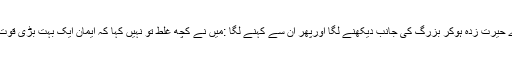
اب نوجوان قدرے حیرت زدہ ہوکر بزرگ کی جانب دیکھنے لگا اورپھر ان سے کہنے لگا :میں نے کچھ غلط تو نہیں کہا کہ ایمان ایک بہت بڑی قوت اورطاقت ہے ؟